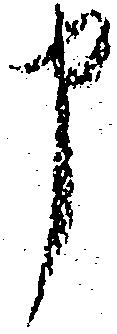
申